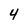
Character: 4